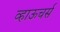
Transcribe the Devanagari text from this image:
व्हाऊचर्स